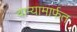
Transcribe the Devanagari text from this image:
वाऱ्यामार्फत